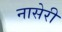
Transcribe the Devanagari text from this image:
नासेरी